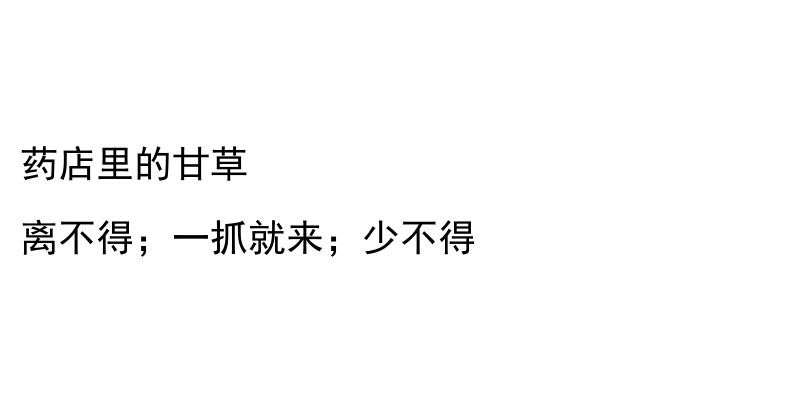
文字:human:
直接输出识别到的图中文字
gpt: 药店里的甘草 离不得；一抓就来；少不得